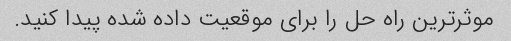
موثرترین راه حل را برای موقعیت داده شده پیدا کنید.